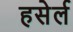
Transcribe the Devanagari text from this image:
हसेर्ल